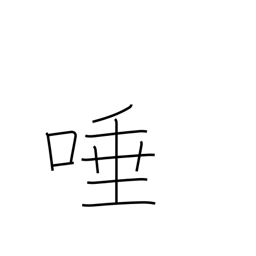
Meaning: saliva